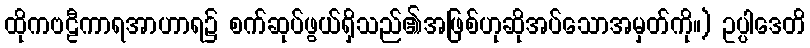
ထိုကဗဠီကာရအာဟာရ၌ စက်ဆုပ်ဖွယ်ရှိသည်၏အဖြစ်ဟုဆိုအပ်သောအမှတ်ကို။) ဥပ္ပါဒေတိ